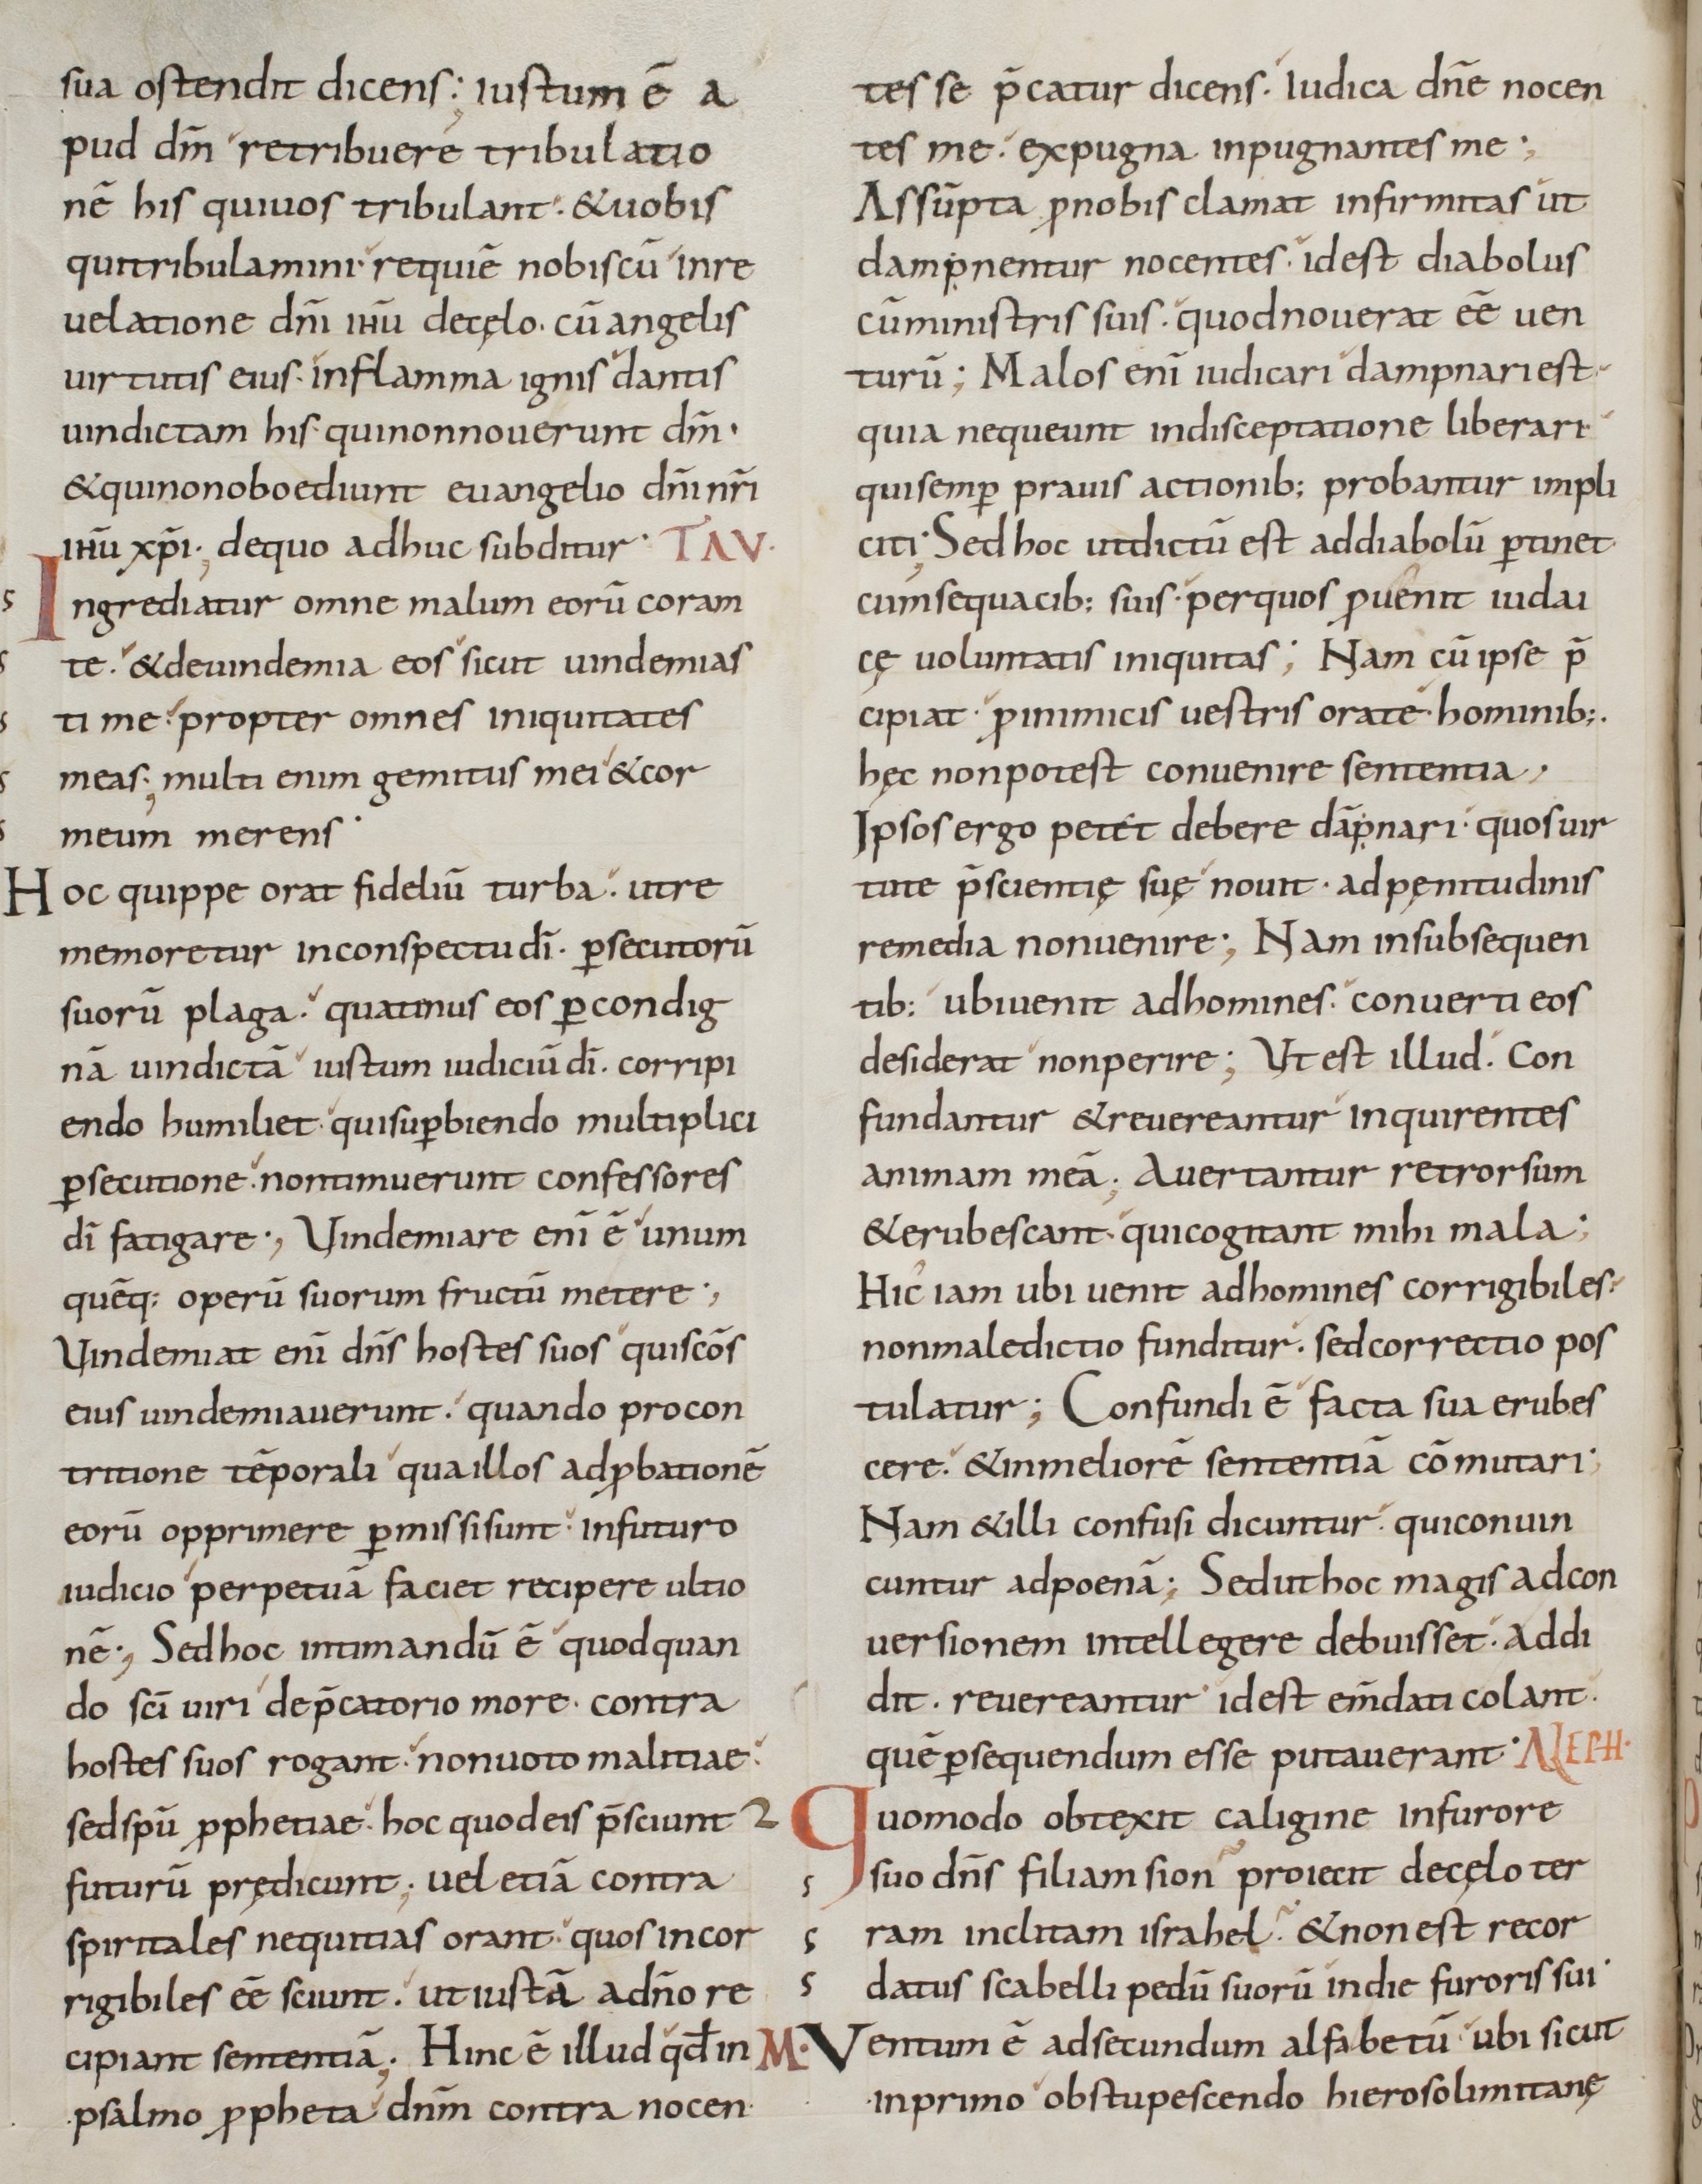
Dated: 800–899